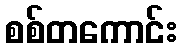
စစ်တကောင်း